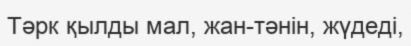
Тәрк қылды мал, жан-тәнін, жүдеді,